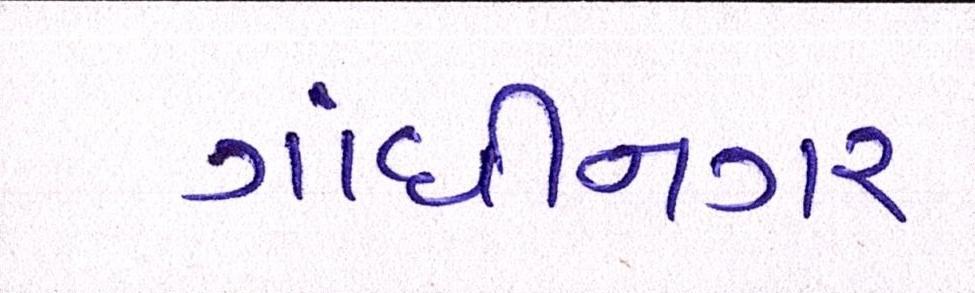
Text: ગાંધીનગર